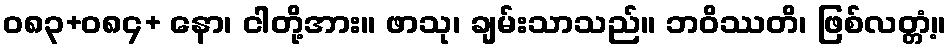
ဝ၈၃+၀၈၄+ နော၊ ငါတို့အား။ ဖာသု၊ ချမ်းသာသည်။ ဘဝိဿတိ၊ ဖြစ်လတ္တံ့။